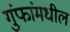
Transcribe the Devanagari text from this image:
गुंफांमधील